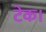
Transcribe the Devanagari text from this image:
टेक।